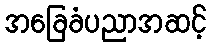
အခြေခံပညာအဆင့်